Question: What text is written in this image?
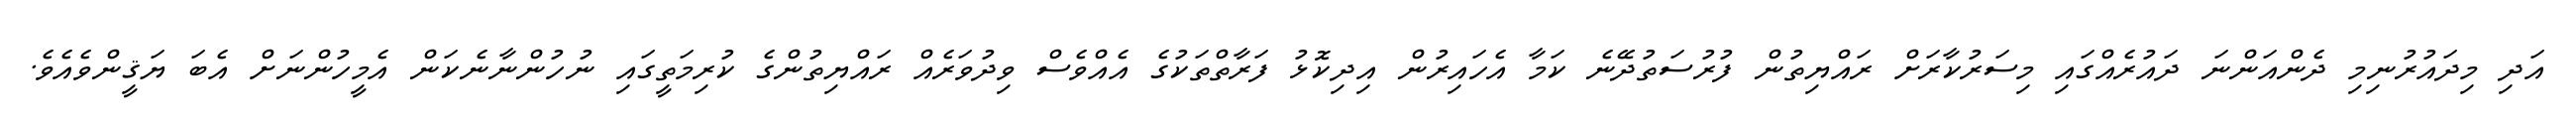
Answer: އަދި މިދައުރުނިމި ދެންއަންނަ ދައުރެއްގައި މިސަރުކާރަށް ރައްޔިތުން ފުރުސަތުދޭނެ ކަމާ އެހައިރުން އިދިކޮޅު ފަރާތްތަކުގެ އެއްވެސް ވިދުވަރެއް ރައްޔިތުންގެ ކުރިމަތީގައި ނުހުންނާނެކަން އެމީހުންނަށް އެބަ ޔަޤީންވެއެވެ.